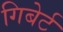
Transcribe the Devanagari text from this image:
गिबेर्ट